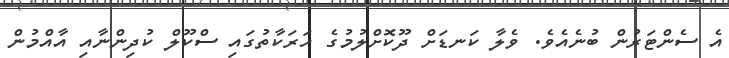
އެ ސެންޓަރުން ބުނެއެވެ. ވެލާ ކަނޑަށް ދޫކޮށްލުމުގެ ހަރަކާތުގައި ސްކޫލް ކުދިންނާއި އާއްމުން